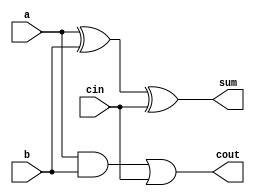
module full_adder8(a,b,cin,sum,cout);
input a,b,cin;
output sum,cout;
assign sum = a^b^cin;
assign cout = a&b|cin&(a|1'b1); 
// initial begin
//     $display("The incorrect adder with or0 having in2/1");
// end   
endmodule